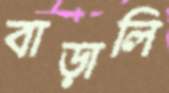
বাড়ালি